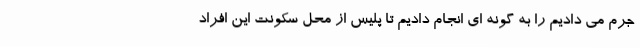
جرم می دادیم را به گونه ای انجام دادیم تا پلیس از محل سکونت این افراد